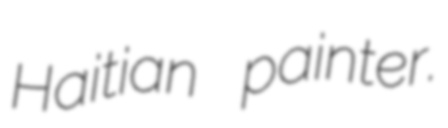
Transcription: Haitian painter.